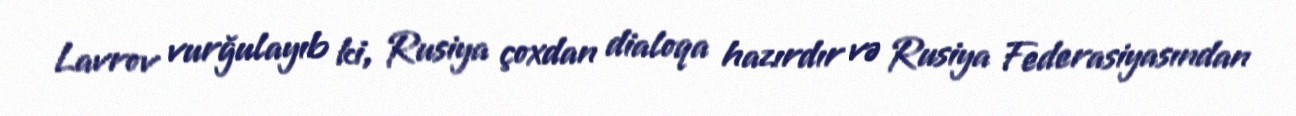
Lavrov vurğulayıb ki, Rusiya çoxdan dialoqa hazırdır və Rusiya Federasiyasından